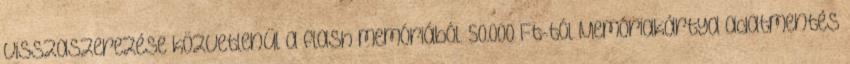
visszaszerezése közvetlenül a flash memóriából. 50.000 Ft-tól Memóriakártya adatmentés